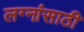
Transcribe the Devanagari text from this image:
लग्नांसाठी